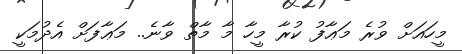
މީހައަށް ވުރެ މަޢާފު ކުރާ މީހާ މާ މާތް ވާނެ.. މަޢާާފަށް އެދުމަކީ